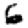
Digit: 6